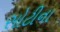
સોટીના